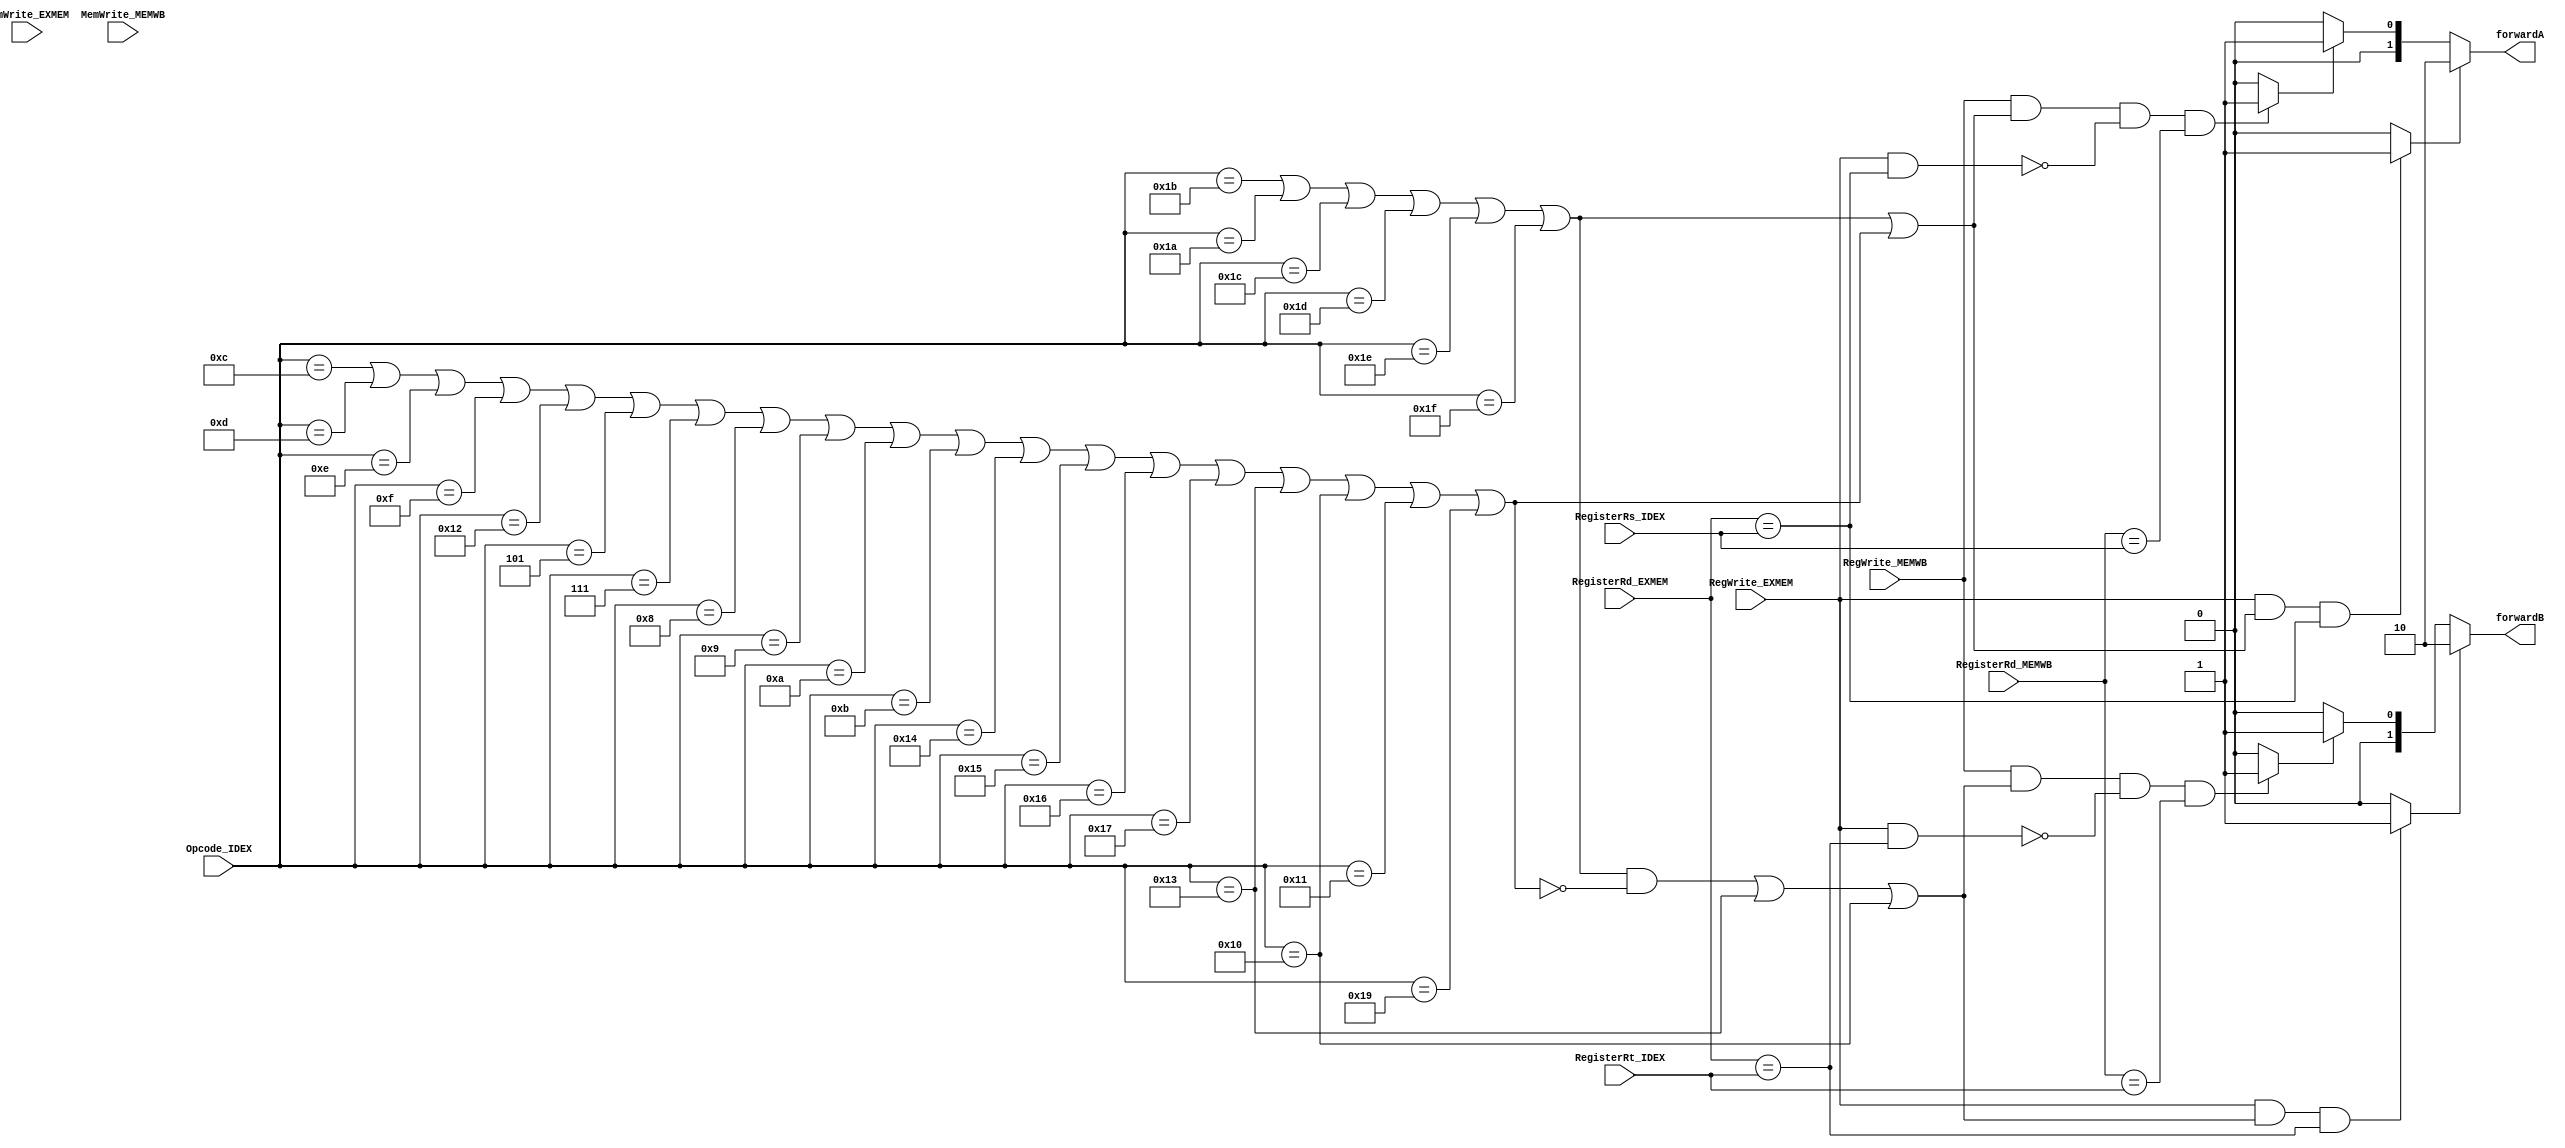
module forwarding_unit(
    //inputs
    input RegWrite_EXMEM,
    input RegWrite_MEMWB,
    input [2:0] RegisterRd_EXMEM,
    input [2:0] RegisterRd_MEMWB,
    input [2:0] RegisterRs_IDEX,
    input [2:0] RegisterRt_IDEX,
    //input I_format_IDEX,
    //input R_format_IDEX,
    input MemWrite_EXMEM,
    input MemWrite_MEMWB,
    input [4:0] Opcode_IDEX,
    //outputs
    output [1:0] forwardA,
    output [1:0] forwardB
);
    
    wire forwardA_EXEX, forwardB_EXEX;
    wire forwardA_MEMEX, forwardB_MEMEX;


    wire IFormat_IDEX;
    wire RFormat_IDEX;
    //Iformat has no Rt
    assign IFormat_IDEX =   (Opcode_IDEX == 5'b01100) |   //check for BEQZ
                            (Opcode_IDEX == 5'b01101) |   //check for BNEZ
                            (Opcode_IDEX == 5'b01110) |   //check for BLTZ
                            (Opcode_IDEX == 5'b01111) |   //check for BGEZ
                            (Opcode_IDEX == 5'b10010) |   //check for SLBI
                            (Opcode_IDEX == 5'b00101) |   //check for JR
                            (Opcode_IDEX == 5'b00111) |   //check for JALR
                            (Opcode_IDEX == 5'b01000) |   //check for ADDI
                            (Opcode_IDEX == 5'b01001) |   //check for SUBI
                            (Opcode_IDEX == 5'b01010) |   //check for XORI
                            (Opcode_IDEX == 5'b01011) |   //check for ANDNI
                            (Opcode_IDEX == 5'b10100) |   //check for ROLI
                            (Opcode_IDEX == 5'b10101) |   //check for SLLI
                            (Opcode_IDEX == 5'b10110) |   //check for RORI
                            (Opcode_IDEX == 5'b10111) |   //check for SRLI
                            (Opcode_IDEX == 5'b10011) |   //check for STU
                            (Opcode_IDEX == 5'b10000) |   //check for ST
                            (Opcode_IDEX == 5'b10001) |   //check for LD
                            (Opcode_IDEX == 5'b11001);    //check for BTR

    assign RFormat_IDEX =   (Opcode_IDEX == 5'b11011) |     //ADD  11011 sss ttt ddd 00
                                                            //SUB  11011 sss ttt ddd 01
                                                            //XOR  11011 sss ttt ddd 10
                                                            //ANDN 11011 sss ttt ddd 11
                            (Opcode_IDEX == 5'b11010) |     //ROL 11010 sss ttt ddd 00
                                                            //SLL 11010 sss ttt ddd 01
                                                            //ROR 11010 sss ttt ddd 10
                                                            //SRL 11010 sss ttt ddd 11
                            (Opcode_IDEX == 5'b11100) |     //SEQ 11100 sss ttt ddd xx
                            (Opcode_IDEX == 5'b11101) |     //SLT
                            (Opcode_IDEX == 5'b11110) |     //SLE
                            (Opcode_IDEX == 5'b11111);      //SCO
 



    //EXEX forward
    assign forwardA_EXEX = (RegWrite_EXMEM & (RFormat_IDEX | IFormat_IDEX)
                            //& (RegisterRd_EXMEM != 0) // DO NOT DROP the $r0 register since it is used to store the datas based on WISC-SP22 ISA
                            & (RegisterRd_EXMEM == RegisterRs_IDEX)) ? 1'b1 : 1'b0;

    assign forwardB_EXEX = (RegWrite_EXMEM & ((RFormat_IDEX & ~IFormat_IDEX) | (Opcode_IDEX == 5'b10011) | (Opcode_IDEX == 5'b10000)) //Rt should be ignored when considering the I_format_instruction, 
                                                            //since it's all immediate number not register
                            //& (RegisterRd_EXMEM != 0) // DO NOT DROP the $r0 register since it is used to store the datas based on WISC-SP22 ISA
                            & (RegisterRd_EXMEM == RegisterRt_IDEX)) ? 1'b1 : 1'b0;

    assign forwardA =   (forwardA_EXEX  /*| forward_ST_EXEX*/)  ?  2'b10 :
                        (forwardA_MEMEX /*| forward_ST_MEMEX*/) ?  2'b01 :
                                                               2'b00;

    //MEMEX forward
    assign forwardA_MEMEX =   (RegWrite_MEMWB & (RFormat_IDEX | IFormat_IDEX)
                            //& (RegisterRd_MEMWB != 0)
                            & (~(RegWrite_EXMEM //& (RegisterRd_EXMEM != 0) // DO NOT DROP the $r0 register since it is used to store the datas based on WISC-SP22 ISA
                                & (RegisterRd_EXMEM == RegisterRs_IDEX)))
                            & (RegisterRd_MEMWB == RegisterRs_IDEX)) ? 1'b1 : 1'b0;

    assign forwardB_MEMEX =   (RegWrite_MEMWB & ((RFormat_IDEX & ~IFormat_IDEX) | (Opcode_IDEX == 5'b10011) | (Opcode_IDEX == 5'b10000))
                            //& (RegisterRd_MEMWB != 0)
                            & (~(RegWrite_EXMEM //& (RegisterRd_EXMEM != 0) // DO NOT DROP the $r0 register since it is used to store the datas based on WISC-SP22 ISA
                                & (RegisterRd_EXMEM == RegisterRt_IDEX)))
                            & (RegisterRd_MEMWB == RegisterRt_IDEX)) ? 1'b1 : 1'b0;                 
    
    assign forwardB =   (forwardB_EXEX ) ?  2'b10 :
                        (forwardB_MEMEX) ?  2'b01 :
                                            2'b00;

    /*
    ==============================================================================================================
    NEED TO BE NOTICED:
    ST never write to register, so RAW hazard can BOTH be detected by register.read and register.write

    In this case, we use InB_forward_noImm for the ST forwarding, which handles the forwarding to alu input B cases
    ===============================================================================================================
    InB_forward_noImm creates an exception for ST forwarding which do not use extended_output to ALU input B
    Since the InB_forward has the first priority MUX for extend_output
    ===============================================================================================================
    */
   

endmodule